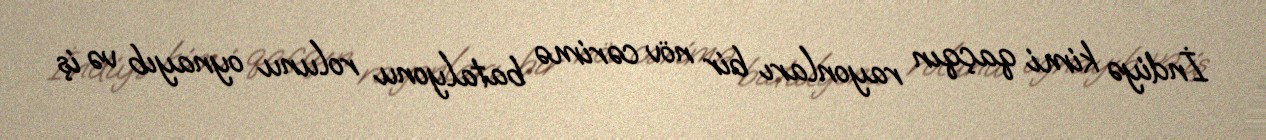
İndiyə kimi qaçqın rayonları bir növ cərimə batalyonu rolunu oynayıb və iş